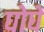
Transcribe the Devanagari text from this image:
घोघें